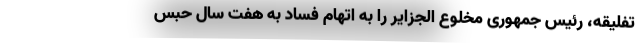
تفلیقه، رئیس جمهوری مخلوع الجزایر را به اتهام فساد به هفت سال حبس